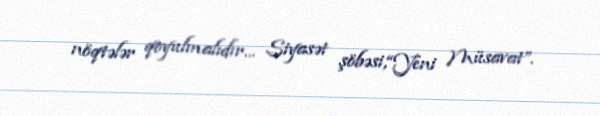
nöqtələr qoyulmalıdır... Siyasət şöbəsi,“Yeni Müsavat”.